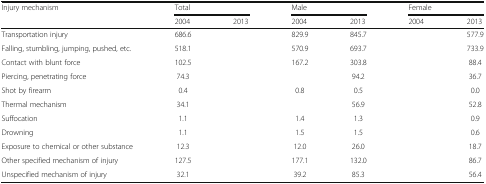
<table><thead><tr><td rowspan="2"><b>Injury mechanism</b></td><td colspan="2"><b>Total</b></td><td colspan="2"><b>Male</b></td><td colspan="2"><b>Female</b></td></tr><tr><td><b>2004</b></td><td><b>2013</b></td><td><b>2004</b></td><td><b>2013</b></td><td><b>2004</b></td><td><b>2013</b></td></tr></thead><tbody><tr><td>Transportation injury</td><td>686.6</td><td>[EMPTY_CELL]</td><td>829.9</td><td>845.7</td><td>[EMPTY_CELL]</td><td>577.9</td></tr><tr><td>Falling, stumbling, jumping, pushed, etc.</td><td>518.1</td><td>[EMPTY_CELL]</td><td>570.9</td><td>693.7</td><td>[EMPTY_CELL]</td><td>733.9</td></tr><tr><td>Contact with blunt force</td><td>102.5</td><td>[EMPTY_CELL]</td><td>167.2</td><td>303.8</td><td>[EMPTY_CELL]</td><td>88.4</td></tr><tr><td>Piercing, penetrating force</td><td>74.3</td><td>[EMPTY_CELL]</td><td>[EMPTY_CELL]</td><td>94.2</td><td>[EMPTY_CELL]</td><td>36.7</td></tr><tr><td>Shot by firearm</td><td>0.4</td><td>[EMPTY_CELL]</td><td>0.8</td><td>0.5</td><td>[EMPTY_CELL]</td><td>0.0</td></tr><tr><td>Thermal mechanism</td><td>34.1</td><td>[EMPTY_CELL]</td><td>[EMPTY_CELL]</td><td>56.9</td><td>[EMPTY_CELL]</td><td>52.8</td></tr><tr><td>Suffocation</td><td>1.1</td><td>[EMPTY_CELL]</td><td>1.4</td><td>1.3</td><td>[EMPTY_CELL]</td><td>0.9</td></tr><tr><td>Drowning</td><td>1.1</td><td>[EMPTY_CELL]</td><td>1.5</td><td>1.5</td><td>[EMPTY_CELL]</td><td>0.6</td></tr><tr><td>Exposure to chemical or other substance</td><td>12.3</td><td>[EMPTY_CELL]</td><td>12.0</td><td>26.0</td><td>[EMPTY_CELL]</td><td>18.7</td></tr><tr><td>Other specified mechanism of injury</td><td>127.5</td><td>[EMPTY_CELL]</td><td>177.1</td><td>132.0</td><td>[EMPTY_CELL]</td><td>86.7</td></tr><tr><td>Unspecified mechanism of injury</td><td>32.1</td><td>[EMPTY_CELL]</td><td>39.2</td><td>85.3</td><td>[EMPTY_CELL]</td><td>56.4</td></tr></tbody></table>